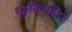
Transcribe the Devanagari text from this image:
धर्ममर्यादा